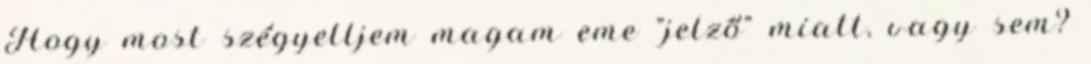
Hogy most szégyelljem magam eme "jelző" miatt, vagy sem?